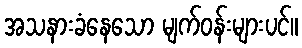
အသနားခံနေသော မျက်ဝန်းများပင်။